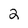
Character: 2